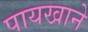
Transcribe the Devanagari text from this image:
पायखाने